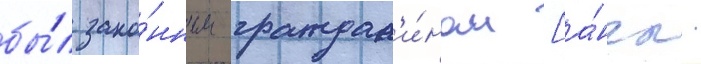
бы́л зако́нным граждан'и́ном [а́нгл.